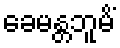
ခေမန္တဘူမိံ